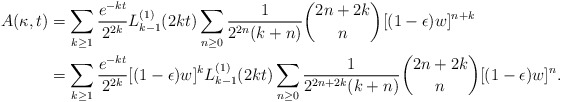
\begin{align*}A(\kappa, t) &= \sum_{k \geq 1}\frac{e^{-kt}}{2^{2k}} L_{k-1}^{(1)}(2kt)\sum_{n \geq 0}\frac{1}{2^{2n}(k+n)}\binom{2n+2k}{n}[(1-\epsilon)w]^{n+k}\\& = \sum_{k \geq 1}\frac{e^{-kt}}{2^{2k}}[(1-\epsilon)w]^k L_{k-1}^{(1)}(2kt)\sum_{n \geq 0}\frac{1}{2^{2n+2k}(k+n)}\binom{2n+2k}{n}[(1-\epsilon)w]^n.\end{align*}